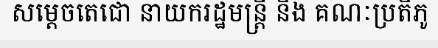
សម្តេចតេជោ នាយករដ្ឋមន្ត្រី និង គណៈប្រតិភូ